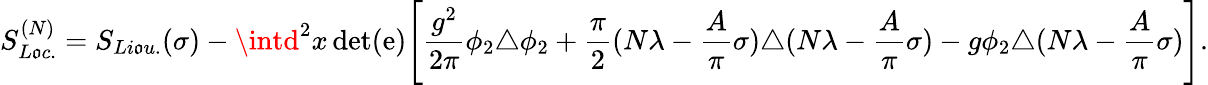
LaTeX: S_{L\mathfrak{o}c.}^{(N)}=S_{Li\mathfrak{o}u.}(\sigma)-\intd^{2}x\operatorname*{d\mathrm{e}t}(\mathrm{e})\Biggl[{\frac{{g^{2}}}{{2\pi}}}\phi_{2}\triangle\phi_{2}+{\frac{{\pi}}{{2}}}(N\lambda-{\frac{{A}}{{\pi}}}\sigma)\triangle(N\lambda-{\frac{{A}}{{\pi}}}\sigma)-g\phi_{2}\triangle(N\lambda-{\frac{{A}}{{\pi}}}\sigma)\Biggr].